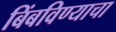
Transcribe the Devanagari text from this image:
बिंबविण्याचा